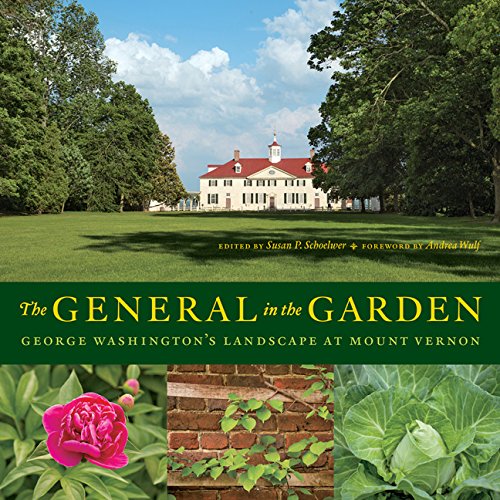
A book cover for The General in the Garden: George Washington's Landscape at Mount Vernon; Arts & Photography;